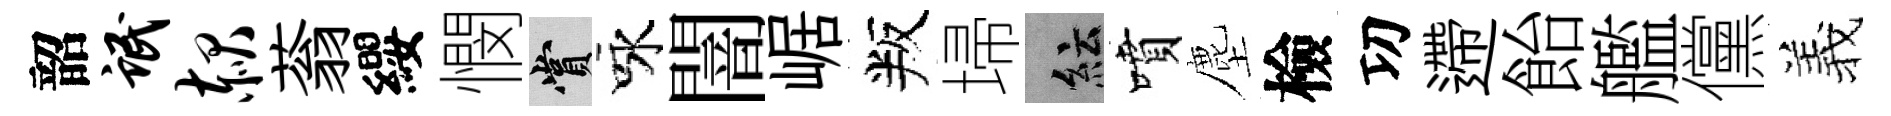
韶氓赧蓊纓憫賞咏闇崌叛埽紜噴塵檢㓛遰飴艦儻羲